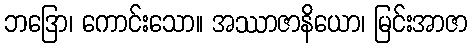
ဘဒြော၊ ကောင်းသော။ အဿာဇာနိယော၊ မြင်းအာဇာ